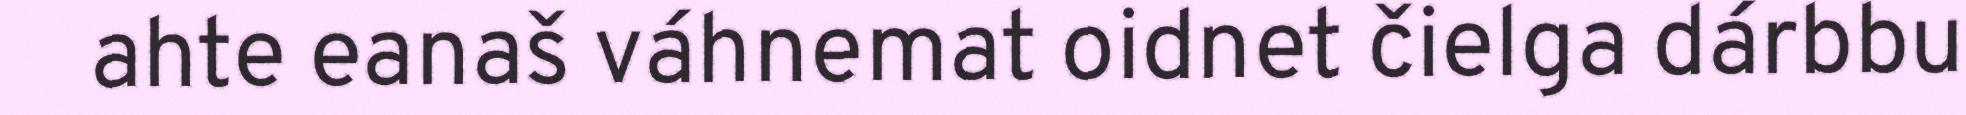
ahte eanaš váhnemat oidnet čielga dárbbu